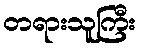
တရားသူကြီး